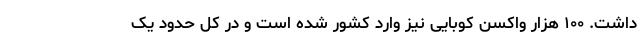
داشت. ۱۰۰ هزار واکسن کوبایی نیز وارد کشور شده است و در کل حدود یک